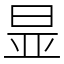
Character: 㫫